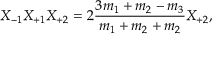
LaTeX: X _ { - 1 } X _ { + 1 } X _ { + 2 } = 2 \frac { 3 m _ { 1 } + m _ { 2 } - m _ { 3 } } { m _ { 1 } + m _ { 2 } + m _ { 2 } } X _ { + 2 } ,